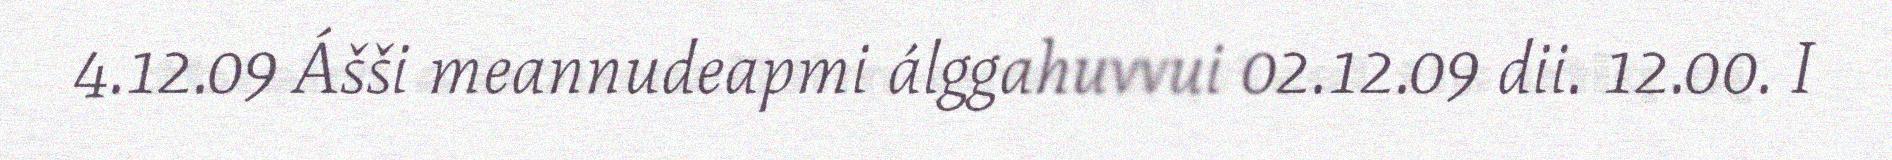
4.12.09 Ášši meannudeapmi álggahuvvui 02.12.09 dii. 12.00. I